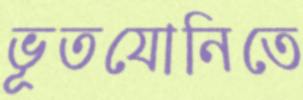
ভূতযোনিতে